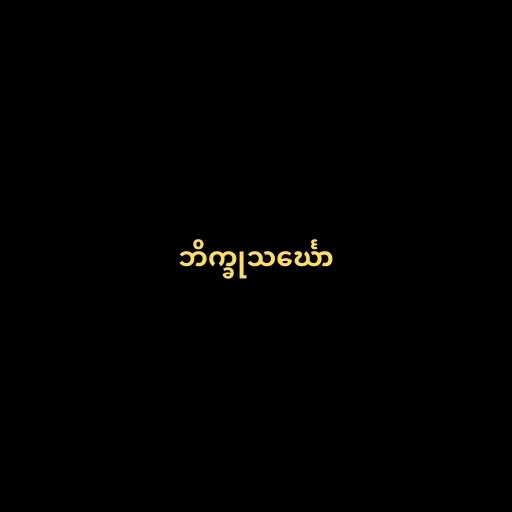
ဘိက္ခုသင်္ဃော